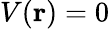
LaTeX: V(\mathbf{r})=0